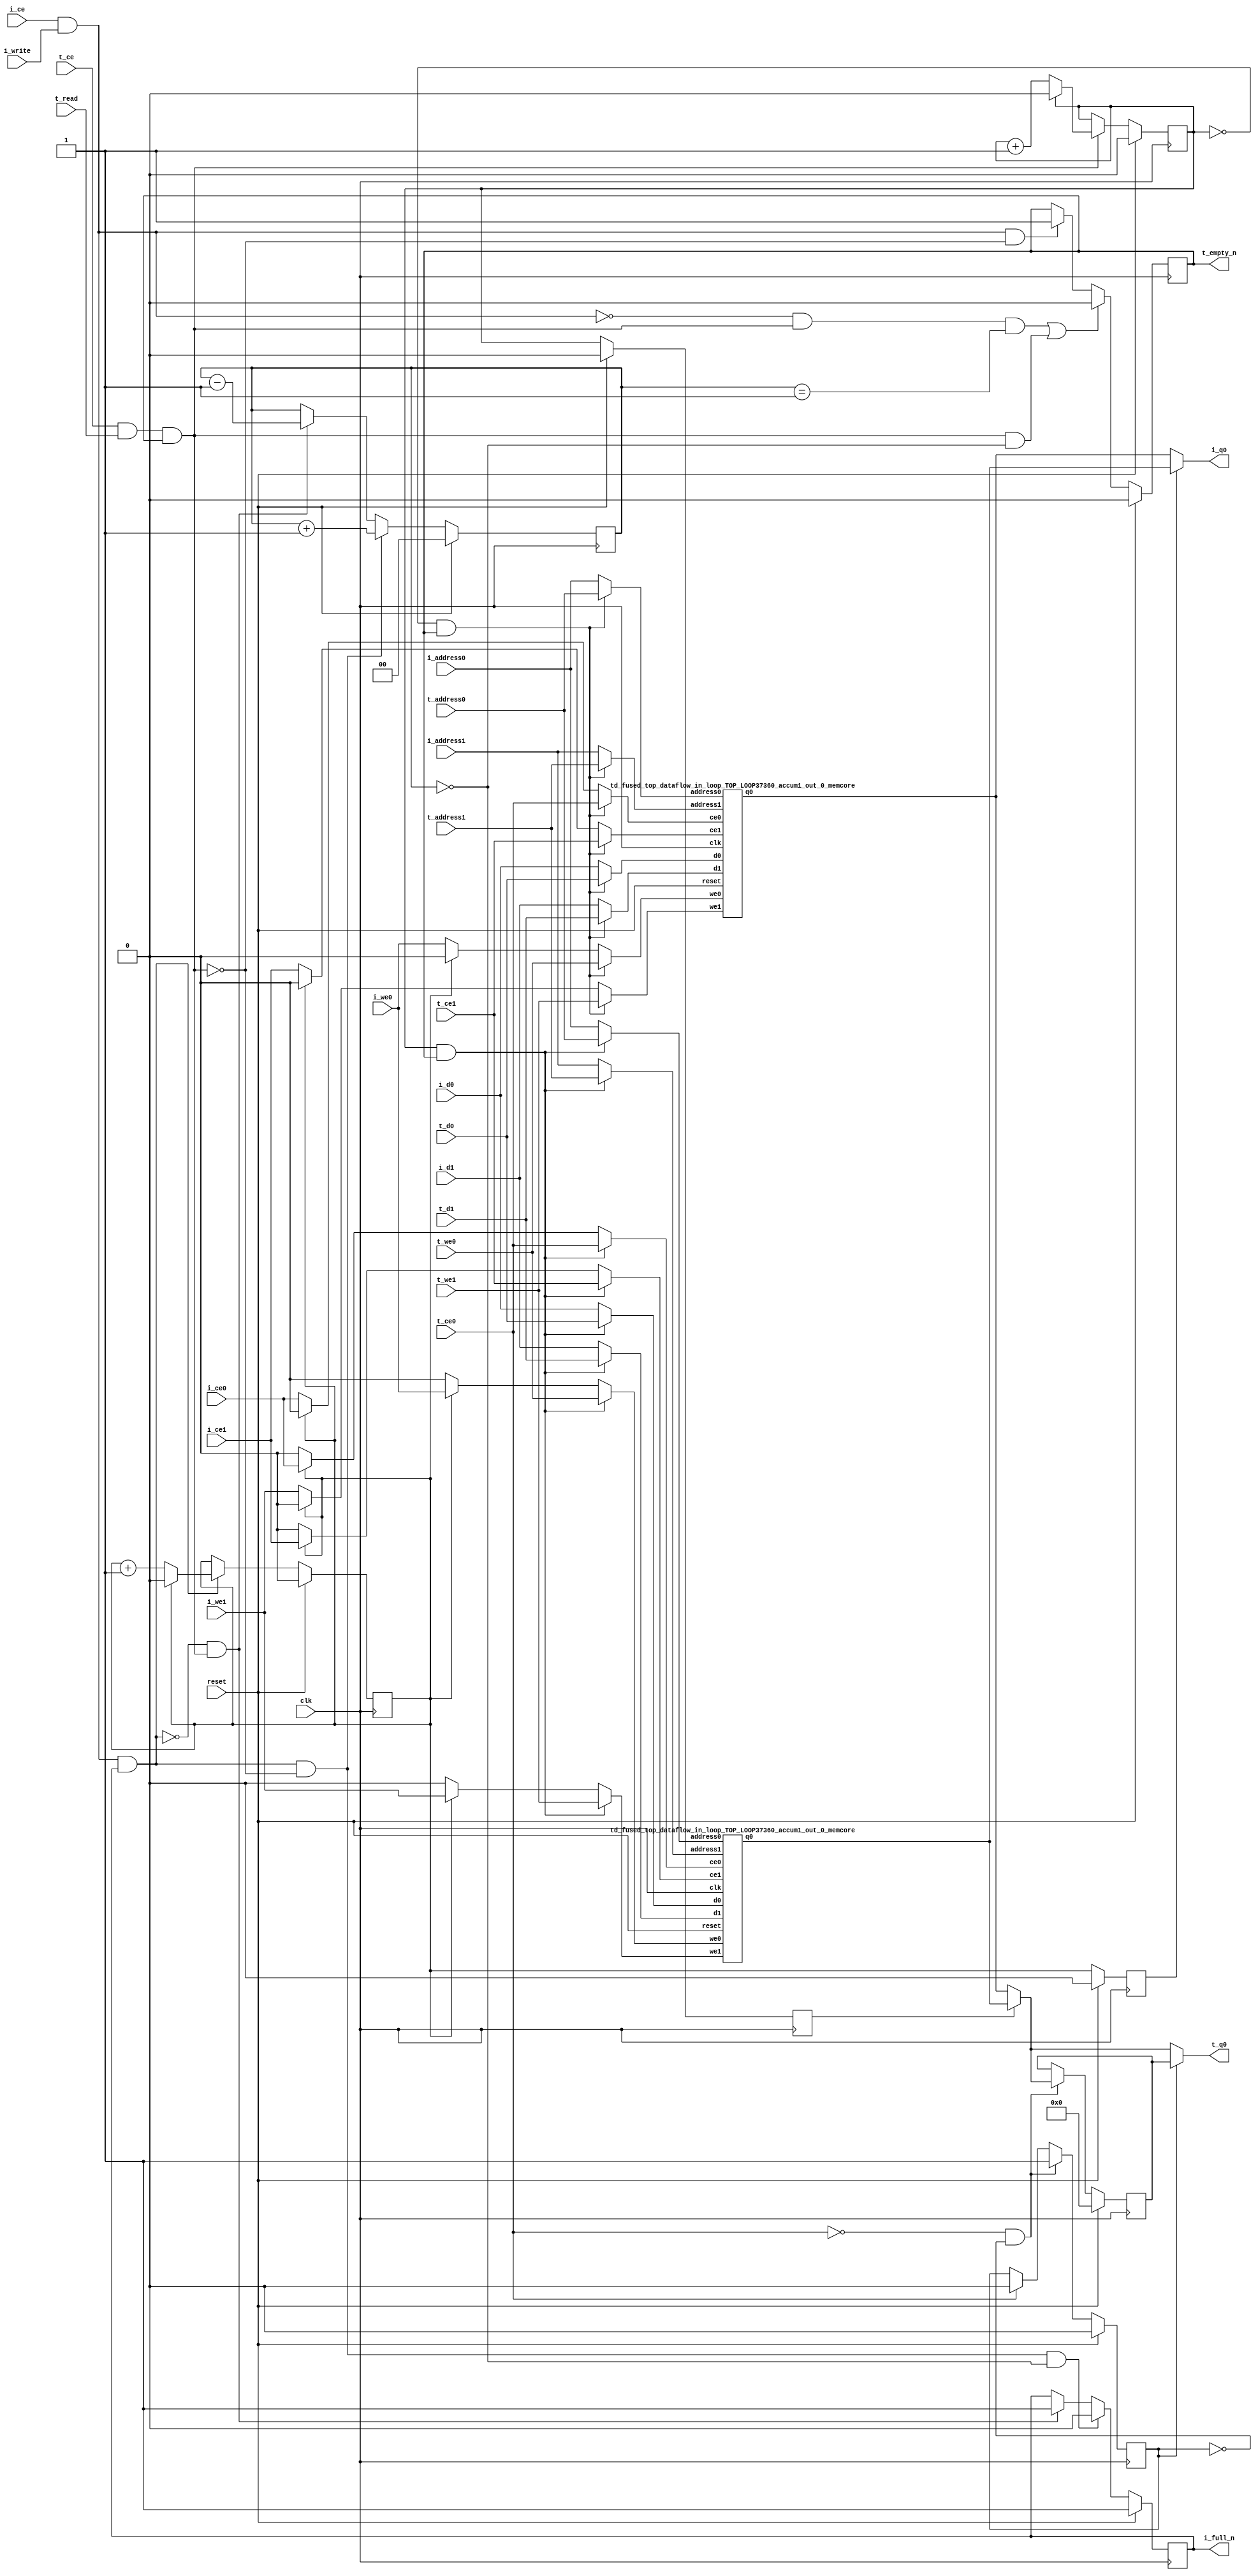
`define EXPONENT 5
`define MANTISSA 10
`define ACTUAL_MANTISSA 11
`define EXPONENT_LSB 10
`define EXPONENT_MSB 14
`define MANTISSA_LSB 0
`define MANTISSA_MSB 9
`define MANTISSA_MUL_SPLIT_LSB 3
`define MANTISSA_MUL_SPLIT_MSB 9
`define SIGN 1
`define SIGN_LOC 15
`define DWIDTH (`SIGN+`EXPONENT+`MANTISSA)
`define IEEE_COMPLIANCE 1

module td_fused_top_dataflow_in_loop_TOP_LOOP37360_accum1_out_0
#(parameter
    DataWidth    = 16,
    AddressRange = 32,
    AddressWidth = 3,
    BufferCount  = 2,
    MemLatency   = 1,
    IndexWidth   = 1
) (
    // system signals
    input  wire                    clk,
    input  wire                    reset,
    // initiator
    input  wire                    i_ce,
    input  wire                    i_write,
    output wire                    i_full_n,
    input  wire                    i_ce0,
    input  wire                    i_we0,
    input  wire [AddressWidth-1:0] i_address0,
    input  wire [DataWidth-1:0]    i_d0,
    output wire [DataWidth-1:0]    i_q0,
    input  wire                    i_ce1,
    input  wire                    i_we1,
    input  wire [AddressWidth-1:0] i_address1,
    input  wire [DataWidth-1:0]    i_d1,
    // target
    input  wire                    t_ce,
    input  wire                    t_read,
    output wire                    t_empty_n,
    input  wire                    t_ce0,
    input  wire                    t_we0,
    input  wire [AddressWidth-1:0] t_address0,
    input  wire [DataWidth-1:0]    t_d0,
    output wire [DataWidth-1:0]    t_q0,
    input  wire                    t_ce1,
    input  wire                    t_we1,
    input  wire [AddressWidth-1:0] t_address1,
    input  wire [DataWidth-1:0]    t_d1
);
//------------------------Local signal-------------------
// control/status
reg  [IndexWidth-1:0]   iptr    = 1'b0; // initiator index
reg  [IndexWidth-1:0]   tptr    = 1'b0; // target index
reg  [IndexWidth-1:0]   prev_iptr    = 1'b0; // previous initiator index
reg  [IndexWidth-1:0]   prev_tptr    = 1'b0; // previous target index
reg  [DataWidth-1:0]    reg_q0      = 1'b0; // buffer used if reader is stalled
reg                     reg_valid0    = 1'b0; // buffer has valid data
reg  [DataWidth-1:0]    reg_q1      = 1'b0; // buffer used if reader is stalled
reg                     reg_valid1    = 1'b0; // buffer has valid data
reg  [IndexWidth:0]     count   = 1'b0; // count of written buffers
reg                     full_n  = 1'b1; // whether all buffers are written
reg                     empty_n = 1'b0; // whether none of the buffers is written
wire                    push_buf;       // finish writing a buffer
wire                    write_buf;      // write a buffer
wire                    pop_buf;        // finish reading a buffer
// buffer signals
wire [BufferCount-1:0] buf_ce0;
wire [BufferCount-1:0] buf_we0;
wire [AddressWidth-1:0] buf_a0_0, buf_a0_1;
wire [DataWidth-1:0] buf_d0_0, buf_d0_1;
wire [DataWidth-1:0] buf_q0_0, buf_q0_1;
wire [BufferCount-1:0] buf_ce1;
wire [BufferCount-1:0] buf_we1;
wire [AddressWidth-1:0] buf_a1_0, buf_a1_1;
wire [DataWidth-1:0] buf_d1_0, buf_d1_1;
//------------------------Instantiation------------------
//genvar i;
        td_fused_top_dataflow_in_loop_TOP_LOOP37360_accum1_out_0_memcore td_fused_top_dataflow_in_loop_TOP_LOOP37360_accum1_out_0_memcore_U_0 (
            .reset    ( reset ),
            .clk      ( clk ),
            .address0 ( buf_a0_0 ),
            .ce0      ( buf_ce0[ 0 ] ),
            .we0      ( buf_we0[ 0 ] ),
            .d0       ( buf_d0_0 ),
            .q0       ( buf_q0_0 ),
            .address1 ( buf_a1_0 ),
            .ce1      ( buf_ce1[ 0 ] ),
            .we1      ( buf_we1[ 0 ] ),
            .d1       ( buf_d1_0 )
        );
        td_fused_top_dataflow_in_loop_TOP_LOOP37360_accum1_out_0_memcore td_fused_top_dataflow_in_loop_TOP_LOOP37360_accum1_out_0_memcore_U_1 (
            .reset    ( reset ),
            .clk      ( clk ),
            .address0 ( buf_a0_1 ),
            .ce0      ( buf_ce0[ 1 ] ),
            .we0      ( buf_we0[ 1 ] ),
            .d0       ( buf_d0_1 ),
            .q0       ( buf_q0_1 ),
            .address1 ( buf_a1_1 ),
            .ce1      ( buf_ce1[ 1 ] ),
            .we1      ( buf_we1[ 1 ] ),
            .d1       ( buf_d1_1 )
        );

//++++++++++++++++++++++++buffer signals+++++++++++++++++
        assign buf_ce0[ 0 ] = (tptr ==  0  && empty_n) ? t_ce0
                             : (iptr ==  0 ) ? i_ce0 : 1'b0;
        assign buf_a0_0  = (tptr ==  0  && empty_n) ?  t_address0 : i_address0;
        assign buf_we0[ 0 ] = (tptr ==  0  && empty_n)  ? t_we0
                             : (iptr ==  0 ) ? i_we0 : 1'b0;
        assign buf_d0_0  = (tptr ==  0  && empty_n) ? t_d0       : i_d0;
        assign buf_ce1[ 0 ] = (tptr ==  0  && empty_n) ? t_ce1
                             : (iptr ==  0 ) ? i_ce1 : 1'b0;
        assign buf_a1_0  = (tptr ==  0  && empty_n) ?  t_address1 : i_address1;
        assign buf_we1[ 0 ] = (tptr ==  0  && empty_n)  ? t_we1
                             : (iptr ==  0 ) ? i_we1 : 1'b0;
        assign buf_d1_0  = (tptr ==  0  && empty_n) ? t_d1       : i_d1;
        assign buf_ce0[ 1 ] = (tptr ==  1  && empty_n) ? t_ce0
                             : (iptr ==  1 ) ? i_ce0 : 1'b0;
        assign buf_a0_1  = (tptr ==  1  && empty_n) ?  t_address0 : i_address0;
        assign buf_we0[ 1 ] = (tptr ==  1  && empty_n)  ? t_we0
                             : (iptr ==  1 ) ? i_we0 : 1'b0;
        assign buf_d0_1  = (tptr ==  1  && empty_n) ? t_d0       : i_d0;
        assign buf_ce1[ 1 ] = (tptr ==  1  && empty_n) ? t_ce1
                             : (iptr ==  1 ) ? i_ce1 : 1'b0;
        assign buf_a1_1  = (tptr ==  1  && empty_n) ?  t_address1 : i_address1;
        assign buf_we1[ 1 ] = (tptr ==  1  && empty_n)  ? t_we1
                             : (iptr ==  1 ) ? i_we1 : 1'b0;
        assign buf_d1_1  = (tptr ==  1  && empty_n) ? t_d1       : i_d1;
//+++++++++++++++++++++++++++++++++++++++++++++++++++++++

//------------------------Body---------------------------
assign i_q0      = (prev_iptr == 1'b1 ? buf_q0_1 : buf_q0_0);
assign t_q0      = reg_valid0 ? reg_q0 : (prev_tptr == 1'b1 ? buf_q0_1 : buf_q0_0);

//++++++++++++++++++++++++output+++++++++++++++++++++++++
assign i_full_n  = full_n;
assign t_empty_n = empty_n;
//+++++++++++++++++++++++++++++++++++++++++++++++++++++++

//++++++++++++++++++++++++control/status+++++++++++++++++
assign push_buf = i_ce & i_write & full_n;
assign write_buf = i_ce & i_write;
assign pop_buf  = t_ce & t_read & empty_n;

// iptr
always @(posedge clk) begin
    if (reset == 1'b1)
        iptr <= 1'b0;
    else if (push_buf) begin
        if (iptr == BufferCount - 1'b1)
            iptr <= 1'b0;
        else
            iptr <= iptr + 1'b1;
    end
end

// tptr
always @(posedge clk) begin
    if (reset == 1'b1)
        tptr <= 1'b0;
    else if (pop_buf) begin
        if (tptr == BufferCount - 1'b1)
            tptr <= 1'b0;
        else
            tptr <= tptr + 1'b1;
    end
end

// prev_iptr
always @(posedge clk) begin
    if (reset == 1'b1)
        prev_iptr <= 1'b0;
    else begin
        prev_iptr <= iptr;
    end
end

// prev_tptr
always @(posedge clk) begin
    if (reset == 1'b1)
        prev_tptr <= 1'b0;
    else begin
        prev_tptr <= tptr;
    end
end

// reg_q0 and reg_valid0
always @(posedge clk) begin
    if (reset == 1'b1) begin
        reg_q0     <= 1'b0;
        reg_valid0 <= 1'b0;
    end else if (!t_ce0 && !reg_valid0) begin
        reg_q0     <= (prev_tptr == 1'b1 ? buf_q0_1 : buf_q0_0);
        reg_valid0 <= 1'b1;
    end else if (t_ce0) begin
        reg_valid0 <= 1'b0;
    end
end

// count
always @(posedge clk) begin
    if (reset == 1'b1)
        count <= 1'b0;
    else if (push_buf && !pop_buf)
        count <= count + 1'b1;
    else if (!push_buf && pop_buf)
        count <= count - 1'b1;
end

// full_n
always @(posedge clk) begin
    if (reset == 1'b1)
        full_n <= 1'b1;
    else if (push_buf && !pop_buf && count == BufferCount - 2'd2)
        full_n <= 1'b0;
    else if (!push_buf && pop_buf)
        full_n <= 1'b1;
end

// empty_n
always @(posedge clk) begin
    if (reset == 1'b1)
        empty_n <= 1'b0;
    else if ((!write_buf && pop_buf && count == 1'b1)
             || (pop_buf && count == 1'b0))
        empty_n <= 1'b0;
    else if (write_buf && !pop_buf)
        empty_n <= 1'b1;
end
//+++++++++++++++++++++++++++++++++++++++++++++++++++++++

endmodule
module td_fused_top_dataflow_in_loop_TOP_LOOP37360_accum1_out_0_memcore(
    reset,
    clk,
    address0,
    ce0,
    we0,
    d0,
    q0,
    address1,
    ce1,
    we1,
    d1);

parameter DataWidth = 32'd16;
parameter AddressRange = 32'd8;
parameter AddressWidth = 32'd3;
input reset;
input clk;
input[AddressWidth - 1:0] address0;
input ce0;
input we0;
input[DataWidth - 1:0] d0;
output[DataWidth - 1:0] q0;
input[AddressWidth - 1:0] address1;
input ce1;
input we1;
input[DataWidth - 1:0] d1;



td_fused_top_dataflow_in_loop_TOP_LOOP37360_accum1_out_0_memcore_ram td_fused_top_dataflow_in_loop_TOP_LOOP37360_accum1_out_0_memcore_ram_U(
    .clk( clk ),
    .addr0( address0 ),
    .ce0( ce0 ),
    .we0( we0 ),
    .d0( d0 ),
    .q0( q0 ),
    .addr1( address1 ),
    .ce1( ce1 ),
    .we1( we1 ),
    .d1( d1 )
);

endmodule
module td_fused_top_dataflow_in_loop_TOP_LOOP37360_accum1_out_0_memcore_ram (addr0, ce0, d0, we0, q0, addr1, ce1, d1, we1,  clk);

parameter DWIDTH = 16;
parameter AWIDTH = 3;
parameter MEM_SIZE = 8;

input[AWIDTH-1:0] addr0;
input ce0;
input[DWIDTH-1:0] d0;
input we0;
output reg[DWIDTH-1:0] q0;
input[AWIDTH-1:0] addr1;
input ce1;
input[DWIDTH-1:0] d1;
input we1;
input clk;

reg [DWIDTH-1:0] ram[MEM_SIZE-1:0];




always @(posedge clk)  
begin 
    if (ce0) begin
        if (we0) 
            ram[addr0] <= d0; 
        q0 <= ram[addr0];
    end
end


always @(posedge clk)  
begin 
    if (ce1) begin
        if (we1) 
            ram[addr1] <= d1; 
    end
end


endmodule